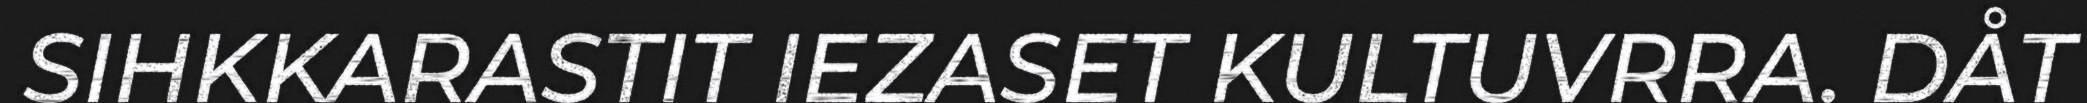
SIHKKARASTIT IEZASET KULTUVRRA. DÅT